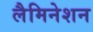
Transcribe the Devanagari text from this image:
लैमिनेशन